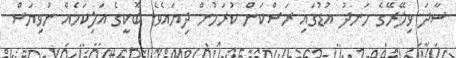
ސާދަ ވިލޭރޭގެ ހަނދު އުޑުގައި ރަސްކަން ކުރަމުން ދިޔައެވެ. ބޮކީގެ އަލިކަމެއް ނުވިޔަސް